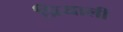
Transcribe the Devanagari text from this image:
प्रियाली